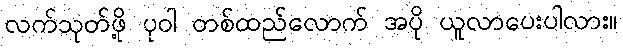
လက်သုတ်ဖို့ ပုဝါ တစ်ထည်လောက် အပို ယူလာပေးပါလား။